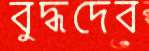
বুদ্ধদেব